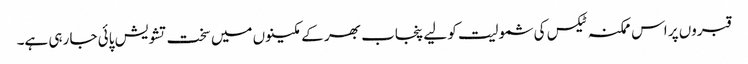
قبروں پر اس ممکنہ ٹیکس کی شمولیت کو لیے پنجاب بھر کے مکینوں میں سخت تشویش پائی جا رہی ہے۔